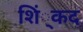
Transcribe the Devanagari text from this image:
शिं्कद